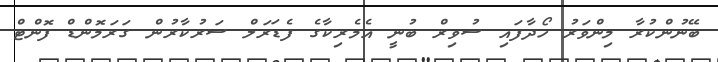
ބޭނުންކުރާ މިންވަރު ހޯދާފައި ސުވިރް ބުނީ އެމެރިކާގެ ފެޑަރަލް ސަރުކާރުން ގަރަމޮންޑް ފޮންޓް